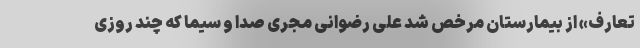
تعارف» از بیمارستان مرخص شد علی رضوانی مجری صدا و سیما که چند روزی